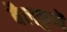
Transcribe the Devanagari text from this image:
बैलकुप्पॆ